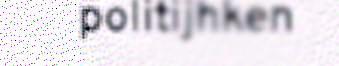
politijhken